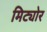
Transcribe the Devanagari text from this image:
मिट्योर